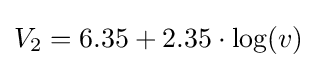
V_{2}=6.35+2.35\cdot \log(v)